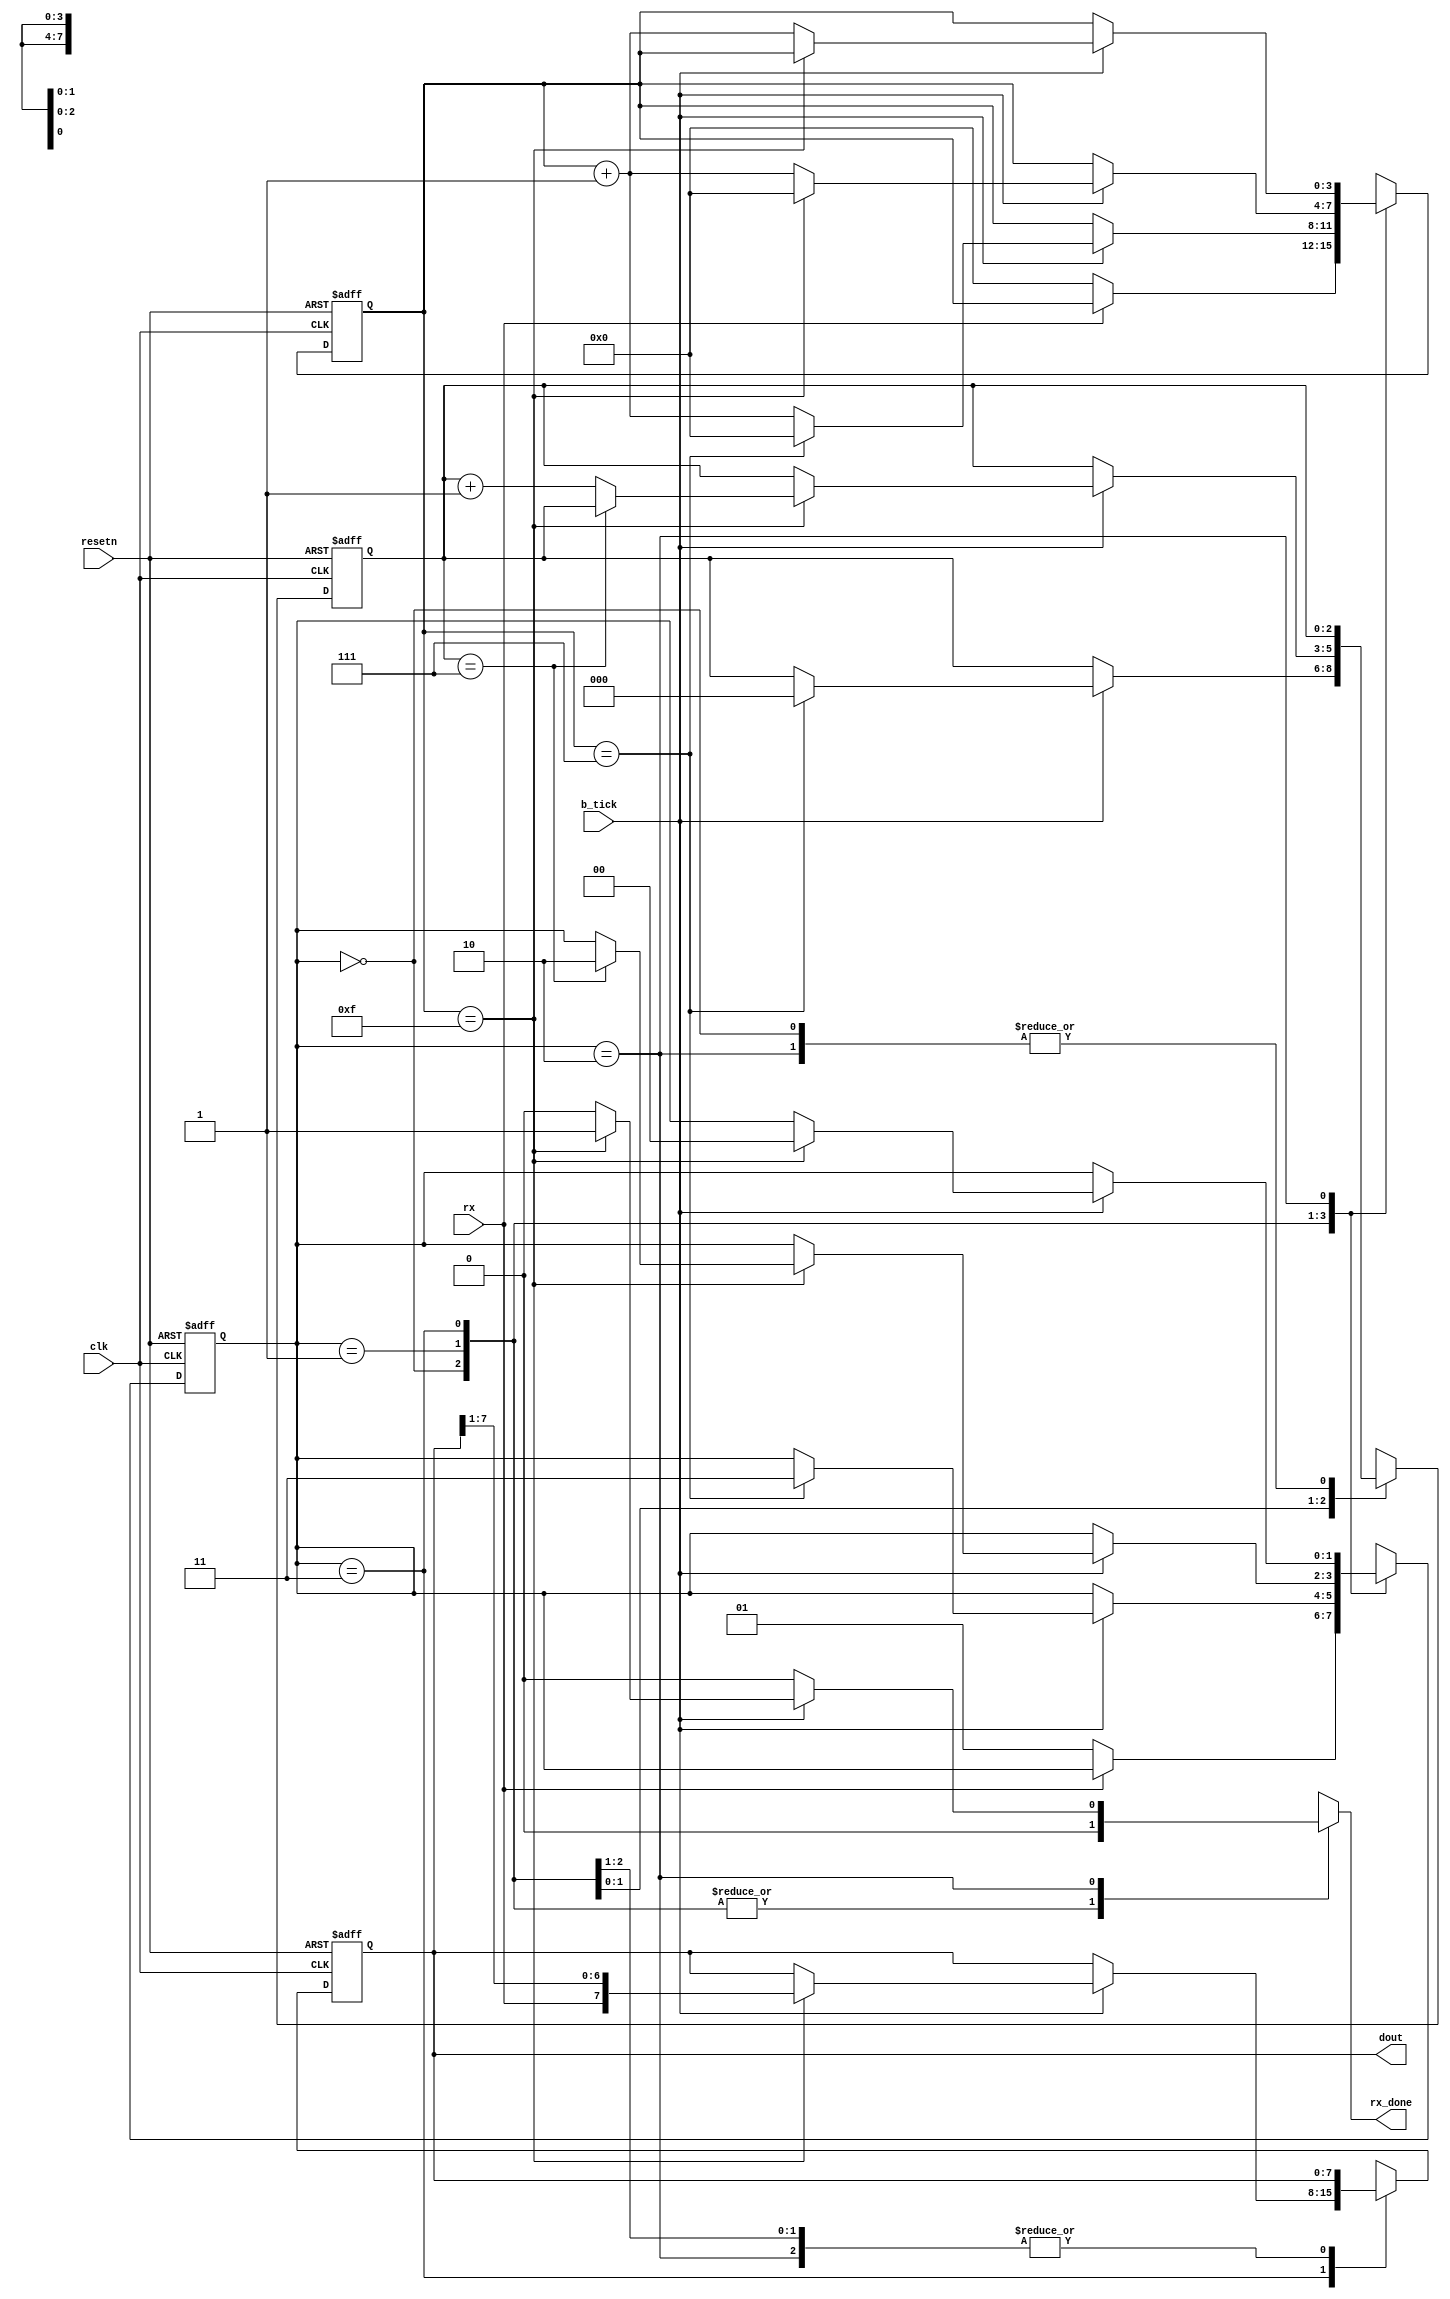
module UART_RX(
  input wire clk,
  input wire resetn,
  input wire b_tick,        //Baud generator tick
  input wire rx,            //RS-232 data port
  
  output reg rx_done,       //transfer completed
  output wire [7:0] dout    //output data
);

//STATE DEFINES  
  localparam [1:0] idle_st = 2'b00;
  localparam [1:0] start_st = 2'b01;
  localparam [1:0] data_st = 2'b11;
  localparam [1:0] stop_st = 2'b10;

//Internal Signals  
  reg [1:0] current_state;
  reg [1:0] next_state;
  reg [3:0] b_reg; //baud-rate/over sampling counter
  reg [3:0] b_next;
  reg [2:0] count_reg; //data-bit counter
  reg [2:0] count_next;
  reg [7:0] data_reg; //data register
  reg [7:0] data_next;
  
//State Machine  
  always @ (posedge clk, negedge resetn)
  begin
    if(!resetn)
      begin
        current_state <= idle_st;
        b_reg <= 0;
        count_reg <= 0;
        data_reg <=0;
      end
    else
      begin
        current_state <= next_state;
        b_reg <= b_next;
        count_reg <= count_next;
        data_reg <= data_next;
      end
  end

//Next State Logic 
  always @*
  begin
    next_state = current_state;
    b_next = b_reg;
    count_next = count_reg;
    data_next = data_reg;
    rx_done = 1'b0;
        
    case(current_state)
      idle_st:
        if(~rx)
          begin
            next_state = start_st;
            b_next = 0;
          end
          
      start_st:
        if(b_tick)
          if(b_reg == 7)
            begin
              next_state = data_st;
              b_next = 0;
              count_next = 0;
            end
          else
            b_next = b_reg + 1'b1;
            
      data_st:
        if(b_tick)
          if(b_reg == 15)
            begin
              b_next = 0;
              data_next = {rx, data_reg [7:1]};
              if(count_next ==7) // 8 Data bits
                next_state = stop_st;
              else
                count_next = count_reg + 1'b1;
            end
          else
            b_next = b_reg + 1;
            
      stop_st:
        if(b_tick)
          if(b_reg == 15) //One stop bit
            begin
              next_state = idle_st;
              rx_done = 1'b1;
            end
          else
           b_next = b_reg + 1;
    endcase
  end
  
  assign dout = data_reg;
  
endmodule